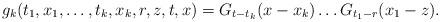
LaTeX: \begin{align*}g_{k}(t_1,x_1,\ldots,t_{k},x_{k},r,z,t,x) = G_{t-t_{k}}(x-x_{k}) \ldots G_{t_1-r}(x_1-z).\end{align*}